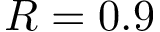
R = 0 . 9